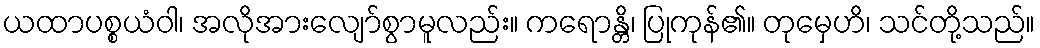
ယထာပစ္စယံဝါ၊ အလိုအားလျော်စွာမူလည်း။ ကရောန္တိ၊ ပြုကုန်၏။ တုမှေဟိ၊ သင်တို့သည်။